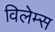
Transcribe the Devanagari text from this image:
विलेम्स